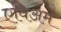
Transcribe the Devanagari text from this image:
एविअम